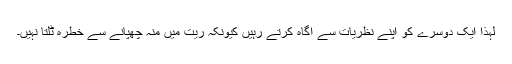
لہٰذا ایک دوسرے کو اپنے نظریات سے آگاہ کرتے رہیں کیونکہ ریت میں منہ چھپانے سے خطرہ ٹلتا نہیں۔